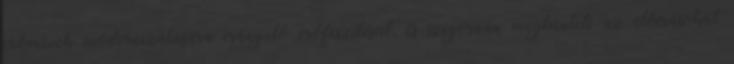
erőművek modernizálására irányuló erőfeszítéseit, és szigorúan megbünteti az előírásokat